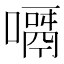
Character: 𠿎